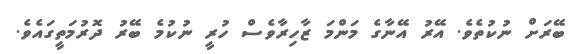
ބޭރަށް ނުކުތެވެ. އޭރު އޭނާގެ މަންމަ ޒާހިރާވެސް ހުރީ ނުކުމެ ބޭރު ދޮރުމަތީގައެވެ.